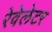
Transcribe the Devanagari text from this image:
रेवेलेटर